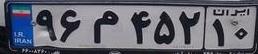
۹۶م۴۵۲۱۰